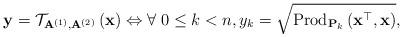
LaTeX: \begin{align*}\mathbf{y}=\mathcal{T}_{\mathbf{A}^{(1)},\mathbf{A}^{(2)}}\left(\mathbf{x}\right)\Leftrightarrow\forall\;0\le k<n,y_{k}=\sqrt{\mbox{Prod}_{\mathbf{P}_{k}}\left(\mathbf{x}^{\top},\mathbf{x}\right)},\end{align*}